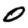
Digit: 0